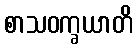
စာသဝက္ခယာတိ